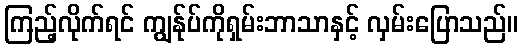
ကြည့်လိုက်ရင် ကျွန်ုပ်ကိုရှမ်းဘာသာနှင့် လှမ်းပြောသည်။